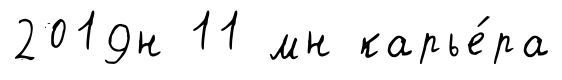
2019н 11 мн карье́ра